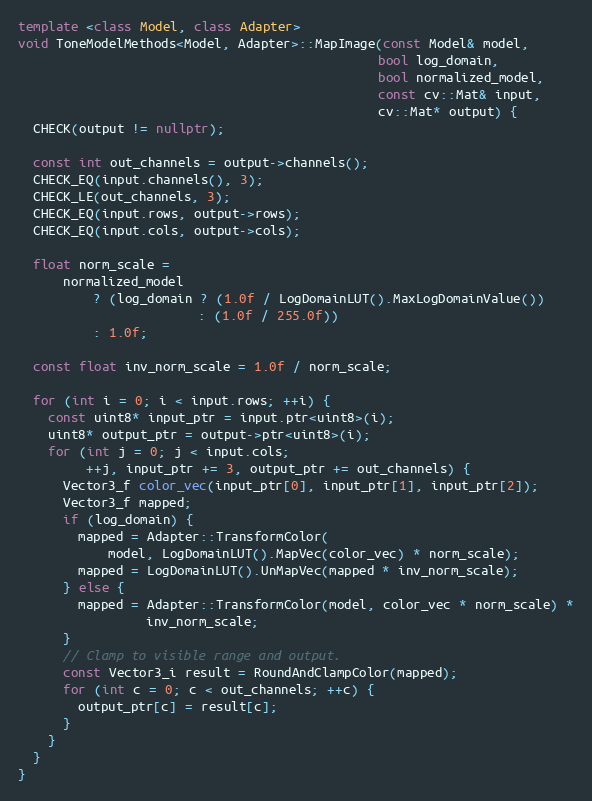
Language: C++
template <class Model, class Adapter>
void ToneModelMethods<Model, Adapter>::MapImage(const Model& model,
                                                bool log_domain,
                                                bool normalized_model,
                                                const cv::Mat& input,
                                                cv::Mat* output) {
  CHECK(output != nullptr);

  const int out_channels = output->channels();
  CHECK_EQ(input.channels(), 3);
  CHECK_LE(out_channels, 3);
  CHECK_EQ(input.rows, output->rows);
  CHECK_EQ(input.cols, output->cols);

  float norm_scale =
      normalized_model
          ? (log_domain ? (1.0f / LogDomainLUT().MaxLogDomainValue())
                        : (1.0f / 255.0f))
          : 1.0f;

  const float inv_norm_scale = 1.0f / norm_scale;

  for (int i = 0; i < input.rows; ++i) {
    const uint8* input_ptr = input.ptr<uint8>(i);
    uint8* output_ptr = output->ptr<uint8>(i);
    for (int j = 0; j < input.cols;
         ++j, input_ptr += 3, output_ptr += out_channels) {
      Vector3_f color_vec(input_ptr[0], input_ptr[1], input_ptr[2]);
      Vector3_f mapped;
      if (log_domain) {
        mapped = Adapter::TransformColor(
            model, LogDomainLUT().MapVec(color_vec) * norm_scale);
        mapped = LogDomainLUT().UnMapVec(mapped * inv_norm_scale);
      } else {
        mapped = Adapter::TransformColor(model, color_vec * norm_scale) *
                 inv_norm_scale;
      }
      // Clamp to visible range and output.
      const Vector3_i result = RoundAndClampColor(mapped);
      for (int c = 0; c < out_channels; ++c) {
        output_ptr[c] = result[c];
      }
    }
  }
}